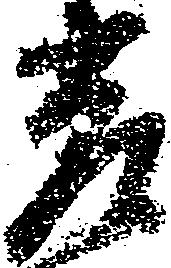
差